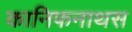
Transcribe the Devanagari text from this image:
कानिफनाथस